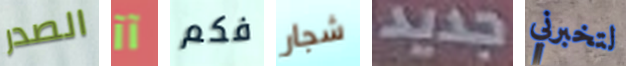
الصدر آآ فكم شجار جديد لتخبرني